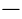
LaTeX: \mathrm{-}